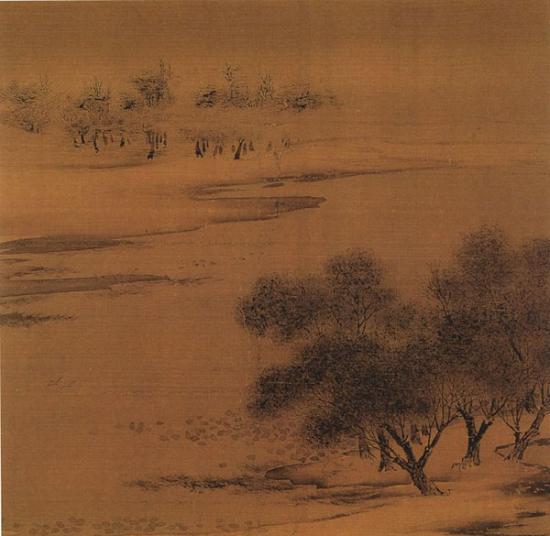
更倾寒食泪，欲涨冶城潮。